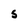
Character: S